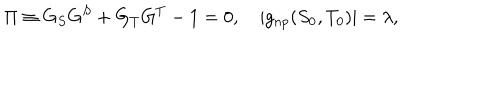
LaTeX: \Pi \equiv G _ { S } G ^ { S } + G _ { T } G ^ { T } - 1 = 0 , \quad | g _ { n p } ( S _ { 0 } , T _ { 0 } ) | = \lambda ,